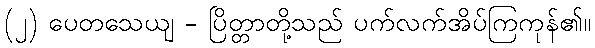
(၂) ပေတသေယျ - ပြိတ္တာတို့သည် ပက်လက်အိပ်ကြကုန်၏။